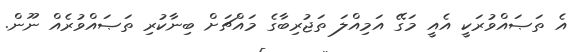
އެ ތަޞައްވުރަކީ އެއީ މަގޭ އަމިއްލަ ތަޖުރިބާގެ މައްޗަށް ބިނާކުރި ތަޞައްވުރެއް ނޫން.